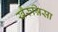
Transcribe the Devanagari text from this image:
खैरुन्निसा